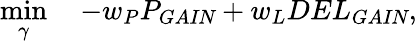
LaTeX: \operatorname*{min}_{\mathbf{\gamma}}\quad-w_{P}P_{\textit{GAIN}}+w_{L}DEL_{\textit{GAIN}},